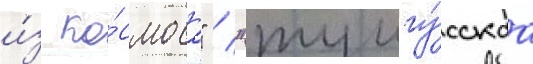
и́з ко́смоса" / "тунгу́сскаа